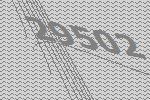
29502